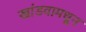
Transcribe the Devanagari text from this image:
खांडवामधून